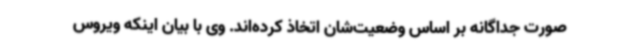
صورت جداگانه بر اساس وضعیت‌شان اتخاذ کرده‌اند. وی با بیان اینکه ویروس